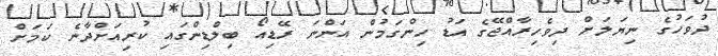
ދުވަހުގެ ނިޔަލަށް ދިވެހިރާއްޖޭގެ އަޑު ހިންގަމުން އަންނަ ރޭޑިއޯ ބިލްޑިންގައި ކުރިއަށްދާނެ ކަމަށް